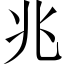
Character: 兆